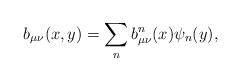
LaTeX: \begin{align*}b_{\mu\nu}(x,y) = \sum_n b^n_{\mu\nu}(x) \psi_n(y),\end{align*}